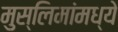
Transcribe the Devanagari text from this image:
मुस्लिमांमध्ये